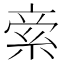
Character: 𥿿